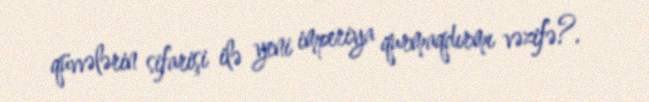
qüvvələrin sifarişi ilə yeni imperiya qurmaqdırmı vəzifə?.